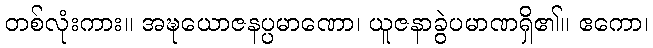
တစ်လုံးကား။ အဍ္ဎယောဇနပ္ပမာဏော၊ ယူဇနာခွဲပမာဏရှိ၏။ ဧကော၊